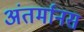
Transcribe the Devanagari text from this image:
अंतर्मानस